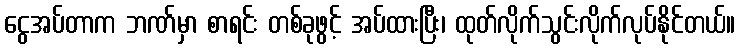
ငွေအပ်တာက ဘဏ်မှာ စာရင်း တစ်ခုဖွင့် အပ်ထားပြီး၊ ထုတ်လိုက်သွင်းလိုက်လုပ်နိုင်တယ်။